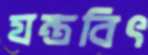
যন্ত্রবিৎ